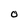
Character: O